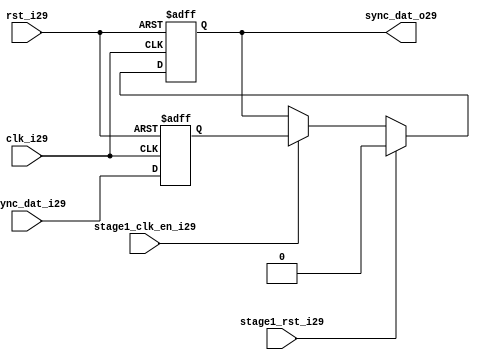
module uart_sync_flops29
(
  // internal signals29
  rst_i29,
  clk_i29,
  stage1_rst_i29,
  stage1_clk_en_i29,
  async_dat_i29,
  sync_dat_o29
);

parameter Tp29            = 1;
parameter width         = 1;
parameter init_value29    = 1'b0;

input                           rst_i29;                  // reset input
input                           clk_i29;                  // clock29 input
input                           stage1_rst_i29;           // synchronous29 reset for stage29 1 FF29
input                           stage1_clk_en_i29;        // synchronous29 clock29 enable for stage29 1 FF29
input   [width-1:0]             async_dat_i29;            // asynchronous29 data input
output  [width-1:0]             sync_dat_o29;             // synchronous29 data output


//
// Interal29 signal29 declarations29
//

reg     [width-1:0]             sync_dat_o29;
reg     [width-1:0]             flop_029;


// first stage29
always @ (posedge clk_i29 or posedge rst_i29)
begin
    if (rst_i29)
        flop_029 <= #Tp29 {width{init_value29}};
    else
        flop_029 <= #Tp29 async_dat_i29;    
end

// second stage29
always @ (posedge clk_i29 or posedge rst_i29)
begin
    if (rst_i29)
        sync_dat_o29 <= #Tp29 {width{init_value29}};
    else if (stage1_rst_i29)
        sync_dat_o29 <= #Tp29 {width{init_value29}};
    else if (stage1_clk_en_i29)
        sync_dat_o29 <= #Tp29 flop_029;       
end

endmodule